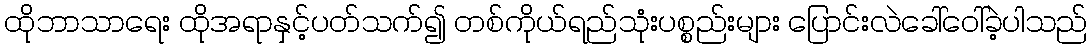
ထိုဘာသာရေး ထိုအရာနှင့်ပတ်သက်၍ တစ်ကိုယ်ရည်သုံးပစ္စည်းများ ပြောင်းလဲခေါ်ဝေါ်ခဲ့ပါသည်